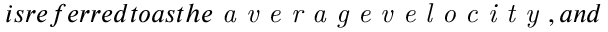
i s r e f e r r e d t o a s t h e \emph { a v e r a g e v e l o c i t y } , a n d